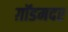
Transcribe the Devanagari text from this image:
ग़ॉडमदर